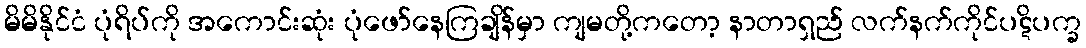
မိမိနိုင်ငံ ပုံရိပ်ကို အကောင်းဆုံး ပုံဖော်နေကြချိန်မှာ ကျမတို့ကတော့ နာတာရှည် လက်နက်ကိုင်ပဋိပက္ခ